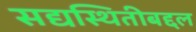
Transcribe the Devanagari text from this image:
सद्यस्थितीबद्दल